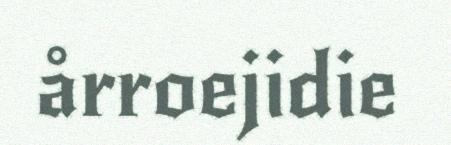
årroejidie